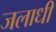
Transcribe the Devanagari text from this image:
जलाधी